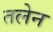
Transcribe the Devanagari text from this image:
तलेन